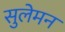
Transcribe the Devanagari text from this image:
सुलेमन